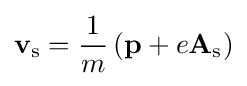
\mathbf {v} _{\rm {s}}={\frac {1}{m}}\left(\mathbf {p} +e\mathbf {A} _{\rm {s}}\right)